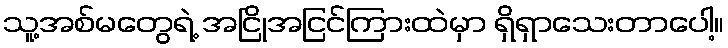
သူ့အစ်မတွေရဲ့ အငြိုအငြင်ကြားထဲမှာ ရှိရှာသေးတာပေါ့။